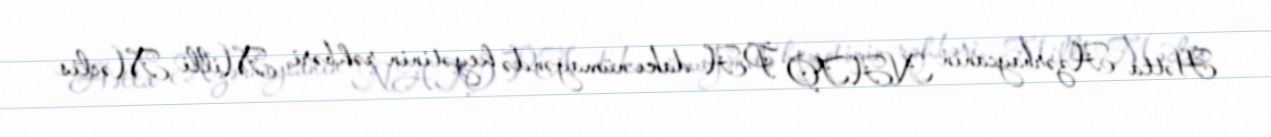
Hətta Azərbaycanın NATO PA-dakı nümayəndə heyətinin rəhbəri, Milli Məclis